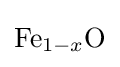
{\mathrm {Fe} }_{1-x}{\mathrm {O} }